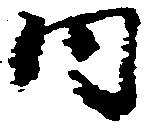
内